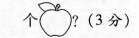
个？(3分)